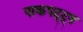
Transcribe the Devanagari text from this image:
पाकपट्ट्न